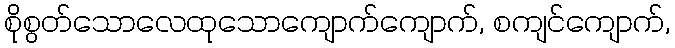
စိုစွတ်သောလေထုသောကျောက်ကျောက်, စကျင်ကျောက်,